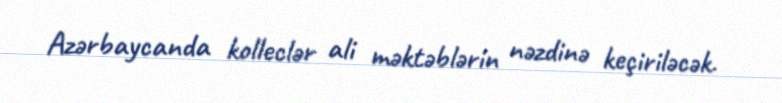
Azərbaycanda kolleclər ali məktəblərin nəzdinə keçiriləcək.